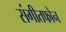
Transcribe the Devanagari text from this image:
संगीतफोन